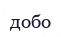
добо